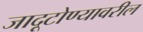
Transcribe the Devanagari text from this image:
जादूटोण्यावरील